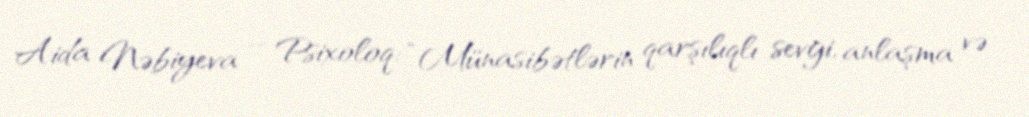
Aida Nəbiyeva – Psixoloq: “Münasibətlərin qarşılıqlı sevgi, anlaşma və